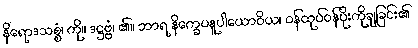
နိရောဒသစ္စံ၊ ကို။ ဒဋ္ဌဗ္ဗံ၊ ၏။ ဘာရ နိက္ခေပနူပါယောဝိယ၊ ဝန်ထုပ်ဝန်ပိုးကိုချခြင်း၏